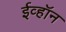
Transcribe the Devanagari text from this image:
ईव्हॉन